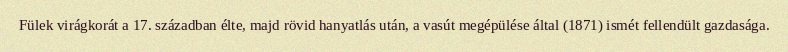
Fülek virágkorát a 17. században élte, majd rövid hanyatlás után, a vasút megépülése által (1871) ismét fellendült gazdasága.